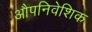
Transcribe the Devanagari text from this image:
औपनिवेशिक